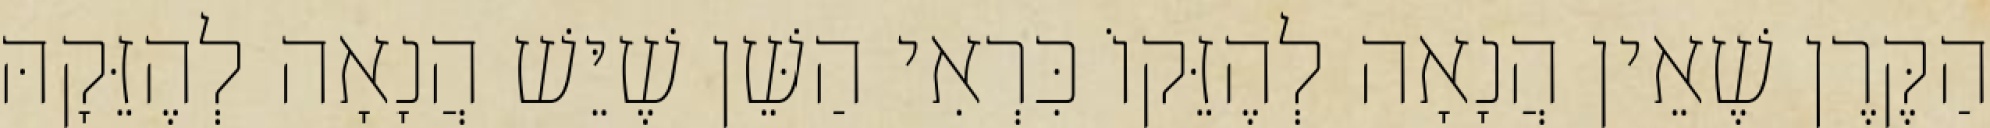
הַקֶּרֶן שֶׁאֵין הֲנָאָה לְהֶזֵּקוֹ כִּרְאִי הַשֵּׁן שֶׁיֵּשׁ הֲנָאָה לְהֶזֵּקָהּ